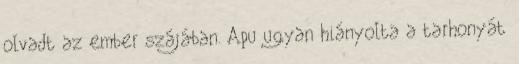
olvadt az ember szájában. Apu ugyan hiányolta a tarhonyát